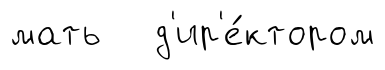
мать д'ир'е́ктором